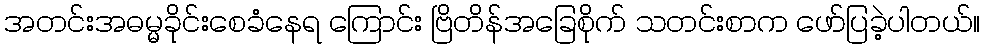
အတင်းအဓမ္မခိုင်းစေခံနေရ ကြောင်း ဗြိတိန်အခြေစိုက် သတင်းစာက ဖော်ပြခဲ့ပါတယ်။